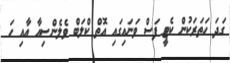
ގަދަ ހަތަރަކުން ކެޓީ ފަސް ވަނައިގައި އޮތް ކްލަބް ވެލެންސިއާ އާއި ހަ